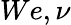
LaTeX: We,\nu